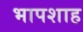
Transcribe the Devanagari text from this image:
भापशाह